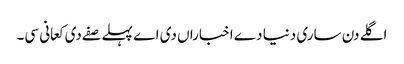
اگلے دن ساری دنیا دے اخباراں دی اے پہلے صفے دی کعانی سی۔